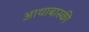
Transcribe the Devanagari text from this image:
आथाबास्की